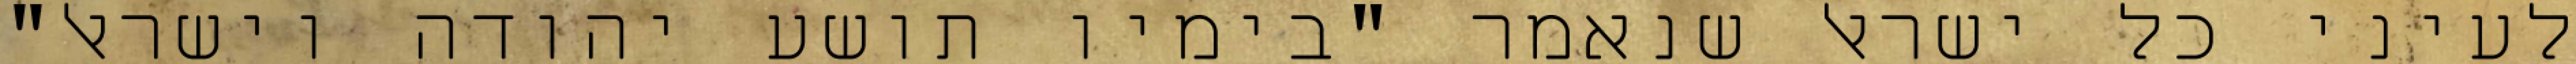
לעיני כל ישראל שנאמר "בימיו תושע יהודה וישראל"